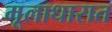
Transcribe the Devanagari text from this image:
मूलाधारात